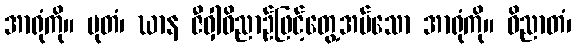
အာရုံကို။ မုတံ၊ ဃာန ဇီဝှါဝိညာဉ်ဖြင့်တွေ့အပ်သော အာရုံကို။ ဝိညာတံ၊